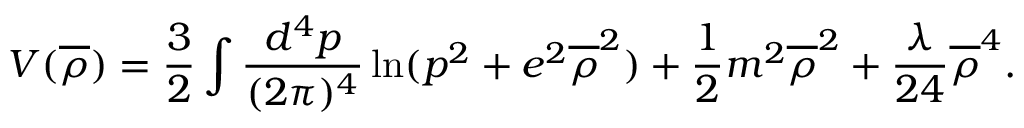
V ( \overline { { { \rho } } } ) = \frac { 3 } { 2 } \int \frac { d ^ { 4 } p } { ( 2 \pi ) ^ { 4 } } \ln ( p ^ { 2 } + e ^ { 2 } \overline { { { \rho } } } ^ { 2 } ) + \frac { 1 } { 2 } m ^ { 2 } \overline { { { \rho } } } ^ { 2 } + \frac { \lambda } { 2 4 } \overline { { { \rho } } } ^ { 4 } .